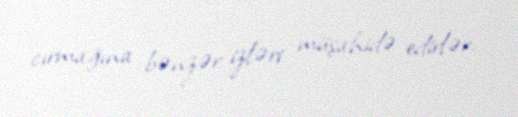
cırmağına bənzər izləri müşahidə edirlər.